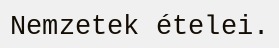
Nemzetek ételei.